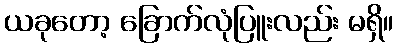
ယခုတော့ ခြောက်လုံပြူးလည်း မရှိ။